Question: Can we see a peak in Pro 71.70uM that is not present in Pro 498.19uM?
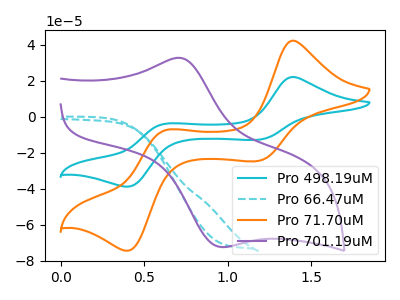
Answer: <think>The cyan curve "Pro 498.19uM" has anodic peaks at (1.40V, 22.00uA) (0.65V, -3.95uA) and cathodic peaks at (1.20V, -12.80uA) (0.40V, -38.85uA). The cyan dashed curve "Pro 66.47uM" has no peaks. The orange curve "Pro 71.70uM" has anodic peaks at (1.40V, 42.15uA) (0.65V, -7.55uA) and cathodic peaks at (1.20V, -24.55uA) (0.40V, -74.40uA). The purple curve "Pro 701.19uM" has an anodic peak at (0.75V, 32.40uA) and a cathodic peak at (1.00V, -72.35uA).
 All the peaks in "Pro 71.70uM" have a peak in "Pro 498.19uM" at the same potential.</think>
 <answer>No, "Pro 71.70uM" and "Pro 498.19uM" don't appear to be significantly different in shape</answer>
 <eval>no_change</eval>